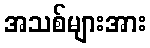
အသစ်များအား